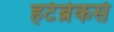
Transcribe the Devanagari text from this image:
हर्टब्रेकर्स